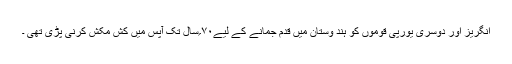
انگریز اور دوسری یورپی قوموں کو ہند وستان میں قدم جمانے کے لیے۷۰؍سال تک آپس میں کش مکش کرنی پڑی تھی ۔